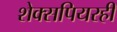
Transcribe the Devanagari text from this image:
शेक्सपियरही